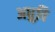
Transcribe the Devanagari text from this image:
अध्रुवि